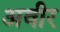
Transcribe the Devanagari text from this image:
अवीर